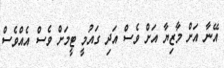
އޭނާ އަށް މާޒިޔާ އަށް ވެސް އަދި ގައުމީ ޓީމަށް ވެސް އެއްވެސް